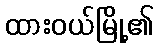
ထားဝယ်မြို့၏